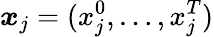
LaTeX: \boldsymbol{x}_{j}=(x_{j}^{0},\dots,x_{j}^{T})